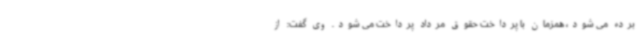
برده می شود، همزمان با پرداخت حقوق مرداد پرداخت می شود. وی گفت: از